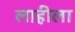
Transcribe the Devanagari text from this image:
लाहीला